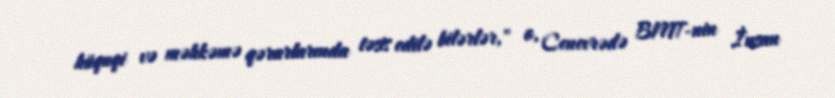
hüquqi və məhkəmə qərarlarında təsis edilə bilərlər," o, Cenevrədə BMT-nin İnsan